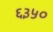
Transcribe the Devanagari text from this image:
६३५०